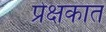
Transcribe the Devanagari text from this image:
प्रेक्षकात